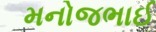
મનોજભાઈ